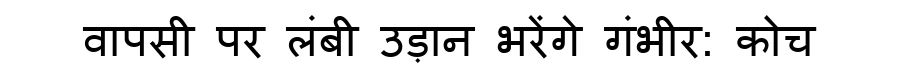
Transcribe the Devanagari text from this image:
वापसी पर लंबी उड़ान भरेंगे गंभीर: कोच